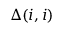
\Delta ( i , i )